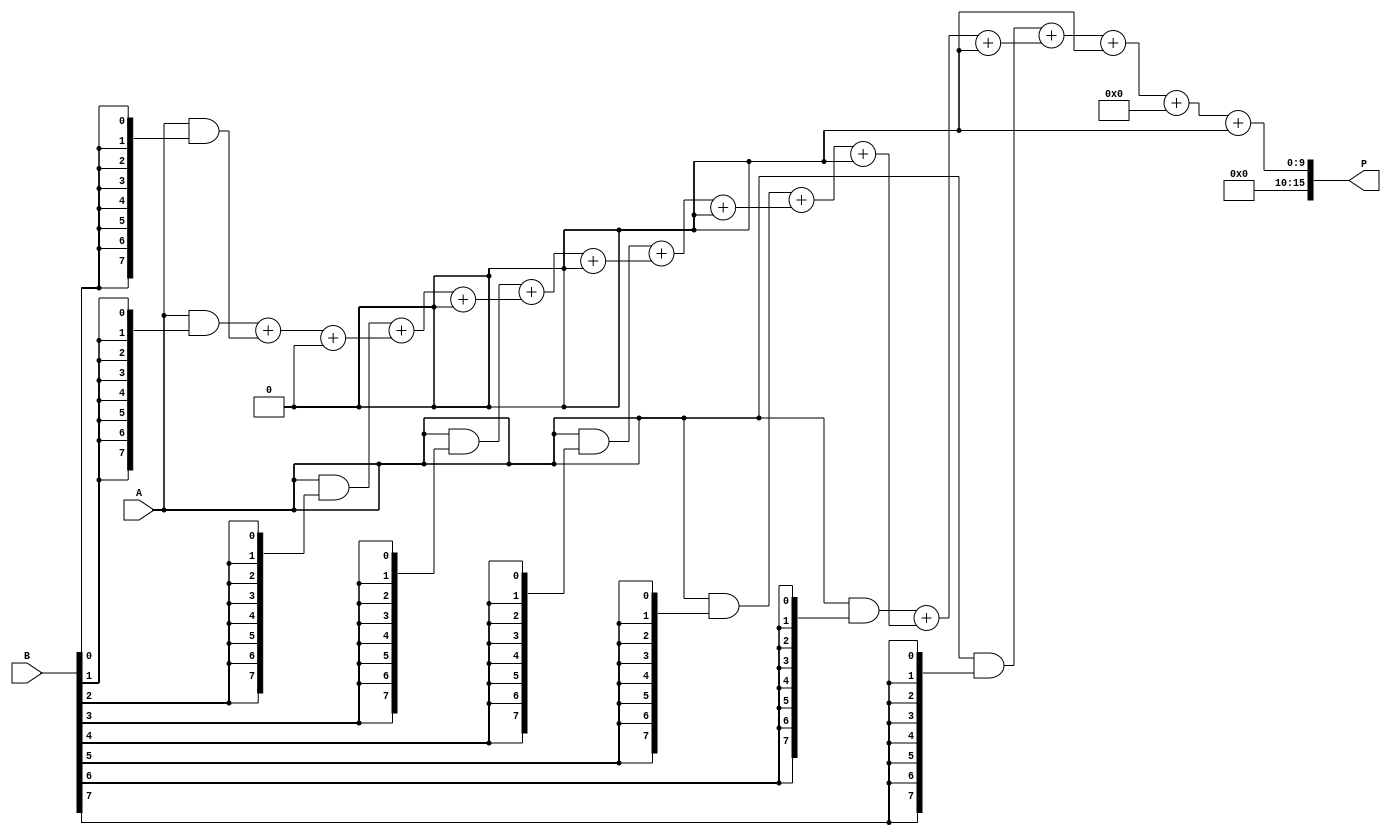
module AdaptiveWallaceTreeMultiplier #(parameter N = 8) (
    input  [N-1:0] A,
    input  [N-1:0] B,
    output [2*N-1:0] P
);

    wire [N-1:0] partial_products[N-1:0];
    
    // Generate Partial Products
    genvar i;
    generate
        for (i = 0; i < N; i = i + 1) begin : gen_partial_products
            assign partial_products[i] = A & {N{B[i]}};
        end
    endgenerate

    // Wallace Tree Reduction
    wire [N-1:0] sum[N-1:0];
    wire [N-1:0] carry[N-1:0];
    
    // Initialize the first level of sums and carries
    assign sum[0] = partial_products[0];
    assign carry[0] = 0;

    // Wallace Tree Compression
    genvar j;
    generate
        for (j = 1; j < N; j = j + 1) begin : wallace_tree
            wire [2*N-1:0] pp_sum;
            wire [2*N-1:0] pp_carry;

            // Full Adder for three inputs
            assign {pp_carry, pp_sum} = partial_products[j] + sum[j-1] + carry[j-1];

            // Split into sum and carry for the next level
            assign sum[j] = pp_sum[N-1:0];
            assign carry[j] = pp_carry[N-1:0];
        end
    endgenerate

    // Final Addition Stage
    wire [2*N-1:0] final_sum;
    wire [2*N-1:0] final_carry;

    // Use a final carry propagate adder to combine the last level results
    assign {final_carry, final_sum} = sum[N-1] + carry[N-1];

    // Output Stage
    assign P = final_sum + final_carry;

endmodule